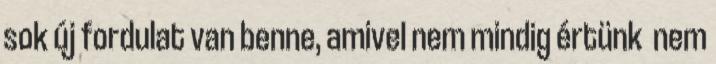
sok új fordulat van benne, amivel nem mindig értünk nem